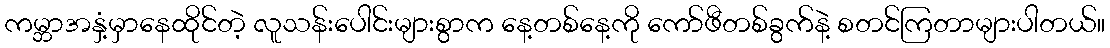
ကမ္ဘာအနှံ့မှာနေထိုင်တဲ့ လူသန်းပေါင်းများစွာက နေ့တစ်နေ့ကို ကော်ဖီတစ်ခွက်နဲ့ စတင်ကြတာများပါတယ်။